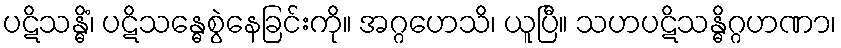
ပဋိသန္ဓိံ၊ ပဋိသန္ဓေစွဲနေခြင်းကို။ အဂ္ဂဟေသိ၊ ယူပြီ။ သဟပဋိသန္ဓိဂ္ဂဟဏာ၊